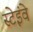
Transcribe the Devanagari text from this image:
स्टेइंवे